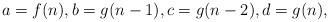
LaTeX: \begin{align*} a=f(n), b=g(n-1), c=g(n-2), d=g(n), \end{align*}